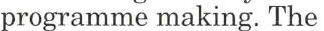
programme making. The